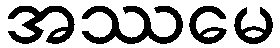
အဿမေ